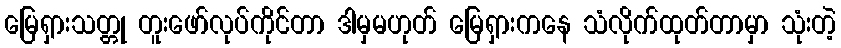
မြေရှားသတ္တု တူးဖော်လုပ်ကိုင်တာ ဒါမှမဟုတ် မြေရှားကနေ သံလိုက်ထုတ်တာမှာ သုံးတဲ့